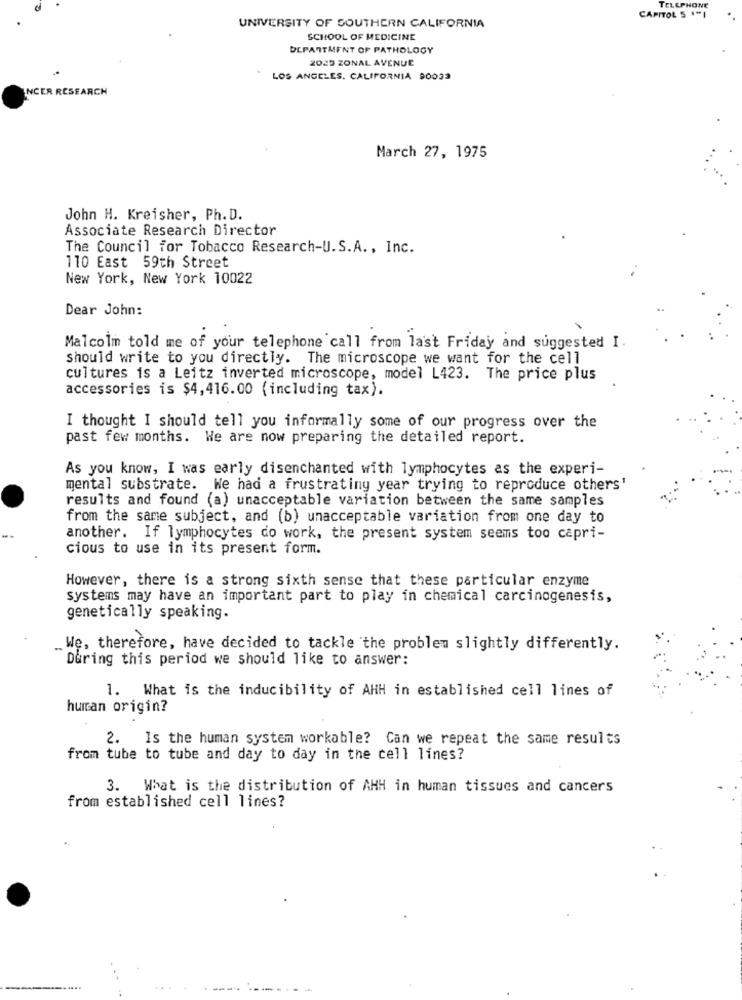
TELEPHONE
UNIVERSITY OF SOUTHERN CALIFORNIA
CAPITOL S ""I
SCHOOL OF MEDICINE
DEPARTMENT OF PATHOLOGY
2025 ZONAL AVENUE
LOS ANGELES, CALIFORNIA 90033
INCER RESEARCH
March 27, 1975
John H. Kreisher, Ph. D.
Associate Research Director
The Council for Tobacco Research-U.S.A ., Inc.
110 East 59th Street
New York, New York 10022
Dear John:
Malcolm told me of your telephone call from last Friday and suggested I.
should write to you directly. The microscope we want for the cell
cultures is a Leitz inverted microscope, model L423. The price plus
accessories is $4,416.00 (including tax).
I thought I should tell you informally some of our progress over the
past few months. We are now preparing the detailed report.
As you know, I was early disenchanted with lymphocytes as the experi-
mental substrate. We had a frustrating year trying to reproduce others'
results and found (a) unacceptable variation between the same samples
from the same subject, and (b) unacceptable variation from one day to
another. If lymphocytes do work, the present system seems too capri-
cious to use in its present form.
However, there is a strong sixth sense that these particular enzyme
systems may have an important part to play in chemical carcinogenesis,
genetically speaking.
.We, therefore, have decided to tackle the problem slightly differently.
During this period we should like to answer:
1. What is the inducibility of AHH in established cell lines of
human origin?
2. Is the human system workable? Can we repeat the same results
from tube to tube and day to day in the cell lines?
3. What is the distribution of AHH in human tissues and cancers
from established cell lines?